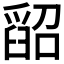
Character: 𦦌